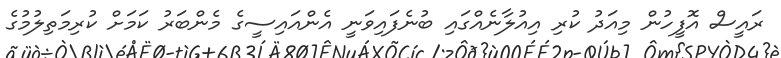
ރައީސް އޮފީހުން މިއަދު ކުރި އިއުލާނެއްގައި ބުނެފައިވަނީ އެންއައިސީގެ މެންބަރު ކަމަށް ކުރިމަތިލުމުގެ